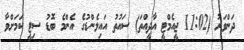
ދަންވަރު (11:02 ޖީއެމްޓީ އާދީއްތަ) ސައުތު އައިލެންޑުގެ އެންމެ ބޮޑު ސިޓީ ކަމަށްވާ